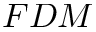
F D M